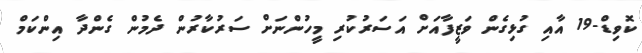
ކޮވިޑް-19 އާއި ގުޅިގެން ވަޒީފާއަށް އަަސަރުކުރި މީހުންނަށް ސަރުކާރުން ދެމުން ގެންދާ އިންކަމް